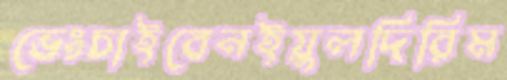
ভেংচাইবেনইয়ুলদিরিম